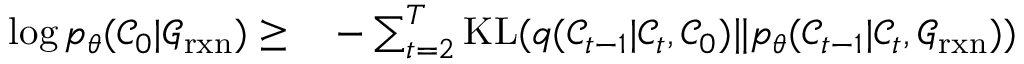
\begin{array} { r l } { \log p _ { \theta } ( \mathcal { C } _ { 0 } \vert \mathcal { G } _ { \mathrm { r x n } } ) \ge } & { { } - \sum _ { t = 2 } ^ { T } \mathrm { K L } ( q ( \mathcal { C } _ { t - 1 } \vert \mathcal { C } _ { t } , \mathcal { C } _ { 0 } ) \Vert p _ { \theta } ( \mathcal { C } _ { t - 1 } \vert \mathcal { C } _ { t } , \mathcal { G } _ { \mathrm { r x n } } ) ) } \end{array}